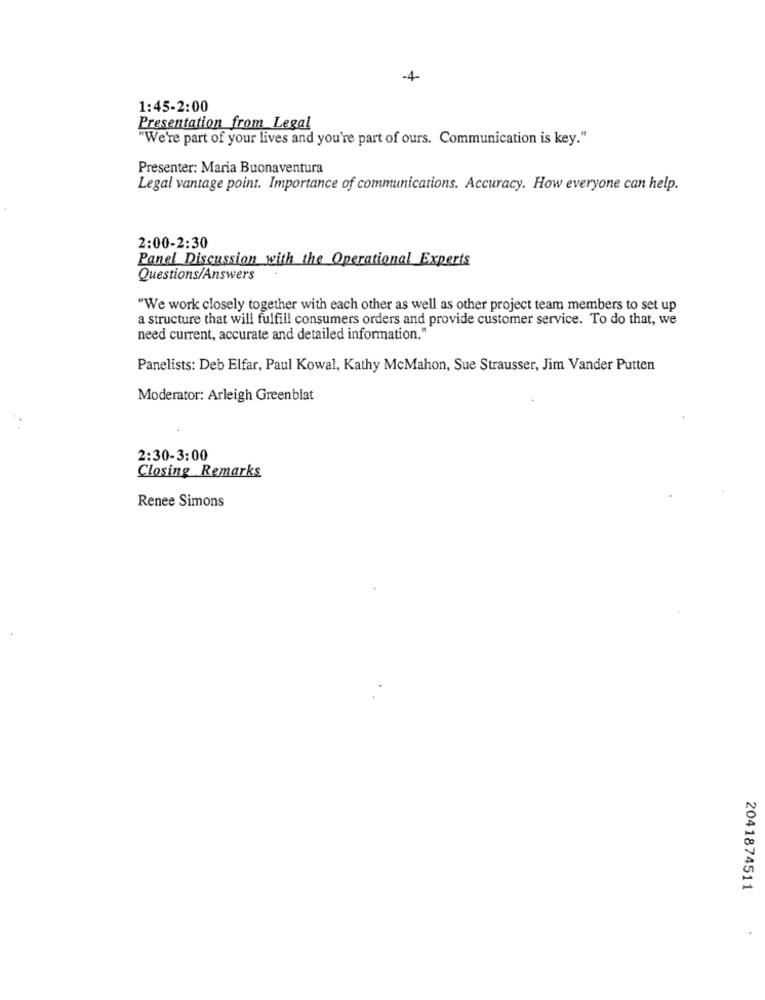
-4
1:45-2:00
Presentation from Legal
"We're part of your lives and you're part of ours. Communication is key."
Presenter: Maria Buonaventura
Legal vantage point. Importance of communications. Accuracy. How everyone can help.
2:00-2:30
Panel Discussion with the Operational Experts
Questions/Answers
"We work closely together with each other as well as other project team members to set up
a structure that will fulfill consumers orders and provide customer service. To do that, we
need current, accurate and detailed information."
Panelists: Deb Elfar, Paul Kowal, Kathy McMahon, Sue Strausser, Jim Vander Putten
Moderator: Arleigh Greenblat
. .
2:30-3:00
Closing Remarks
Renee Simons
2041874511